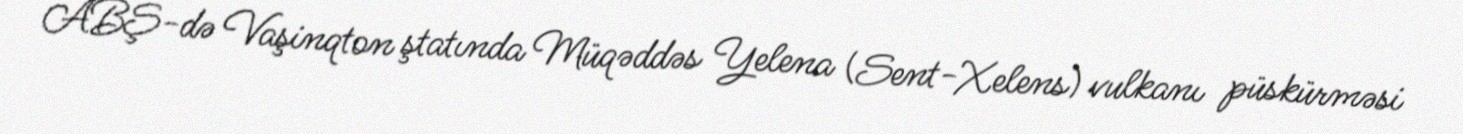
ABŞ-də Vaşinqton ştatında Müqəddəs Yelena (Sent-Xelens) vulkanı püskürməsi